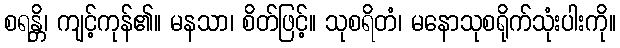
စရန္တိ၊ ကျင့်ကုန်၏။ မနသာ၊ စိတ်ဖြင့်။ သုစရိတံ၊ မနောသုစရိုက်သုံးပါးကို။